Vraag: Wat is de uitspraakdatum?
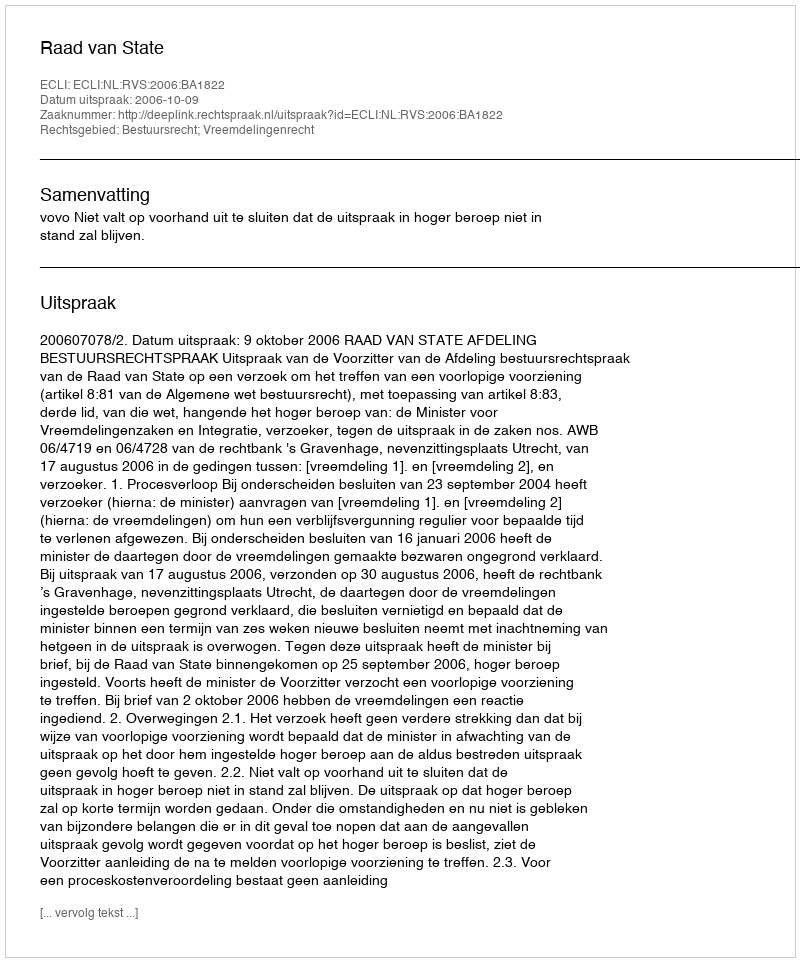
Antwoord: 2006-10-09